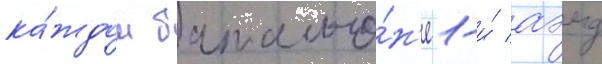
ка́ждом батальо́н'е 1-и́ аэмд